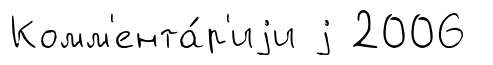
Комм'ента́р'иjи j 2006